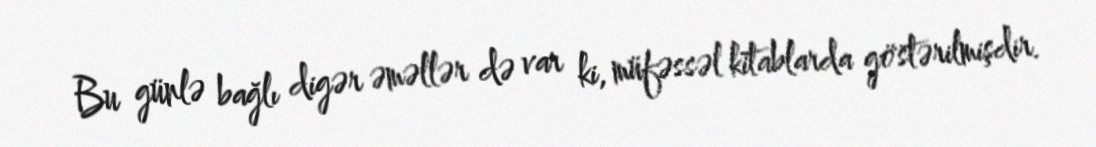
Bu günlə bağlı digər əməllər də var ki, müfəssəl kitablarda göstərilmişdir.